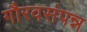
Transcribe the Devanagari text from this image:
गौरवसंपन्न